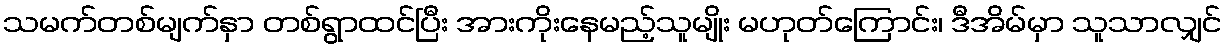
သမက်တစ်မျက်နှာ တစ်ရွာထင်ပြီး အားကိုးနေမည့်သူမျိုး မဟုတ်ကြောင်း၊ ဒီအိမ်မှာ သူသာလျှင်